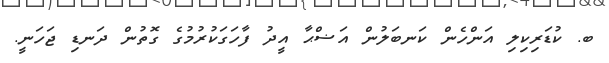
ބ. ކުޑަރިކިލި އަންހެން ކަނބަލުން އަޟްޙާ އީދު ފާހަގަކުރުމުގެ ގޮތުން ދަނޑި ޖަހަނީ.